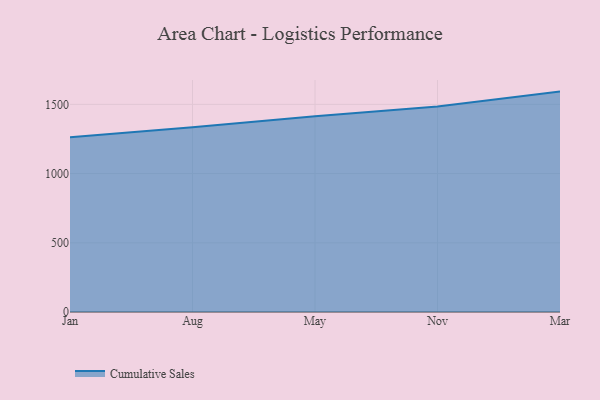
{"axis": {"x": "Month", "y": "Temperature (°C)"}, "legend": ["Cumulative Sales"], "data": [{"x": "Jan", "y": 1262.3, "type": "Cumulative Sales"}, {"x": "Aug", "y": 1335.4, "type": "Cumulative Sales"}, {"x": "May", "y": 1414.1, "type": "Cumulative Sales"}, {"x": "Nov", "y": 1484.8, "type": "Cumulative Sales"}, {"x": "Mar", "y": 1592.4, "type": "Cumulative Sales"}]}